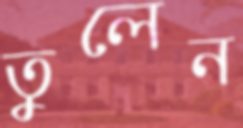
তুলেন